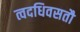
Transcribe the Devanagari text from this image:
त्वदधिवसतौ